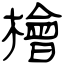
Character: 檜